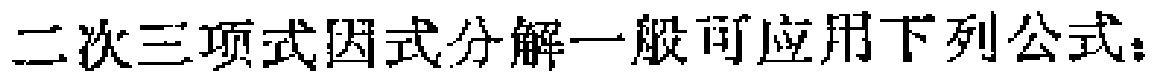
二次三项式因式分解一般可应用下列公式：